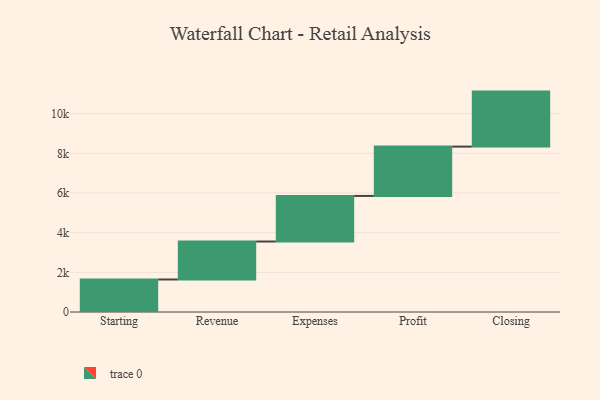
{"axis": {"x": "Step", "y": "Value"}, "legend": [""], "data": [{"x": "Starting", "y": 1639.0, "type": ""}, {"x": "Revenue", "y": 1914.0, "type": ""}, {"x": "Expenses", "y": 2298.0, "type": ""}, {"x": "Profit", "y": 2487.0, "type": ""}, {"x": "Closing", "y": 2773.0, "type": ""}]}